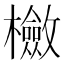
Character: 𣟺